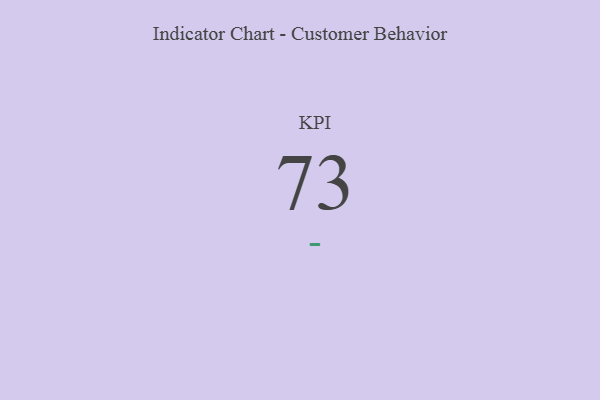
{"axis": {"x": "KPI", "y": "Value"}, "legend": [""], "data": [{"x": "KPI", "y": 73, "type": ""}]}